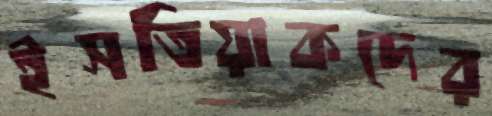
ইসতিয়াকদের